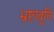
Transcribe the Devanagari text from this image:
भ्रष्टावूनि